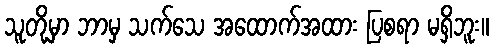
သူတို့မှာ ဘာမှ သက်သေ အထောက်အထား ပြစရာ မရှိဘူး။